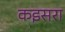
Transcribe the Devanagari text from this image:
कइसरा